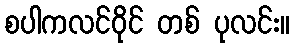
စပါကလင်ဝိုင် တစ် ပုလင်း။